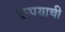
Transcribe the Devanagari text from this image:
रूपयाची